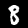
Digit: 8